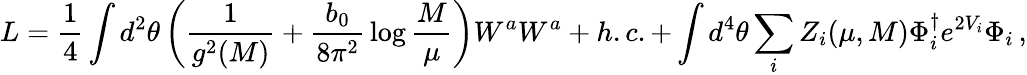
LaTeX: L={\frac{1}{4}}\int d^{2}\theta\left({\frac{1}{g^{2}(M)}}+{\frac{b_{0}}{8\pi^{2}}}\log{\frac{M}{\mu}}\right)W^{a}W^{a}+h.c.+\int d^{4}\theta\sum_{i}Z_{i}(\mu,M)\Phi_{i}^{\dagger}e^{2V_{i}}\Phi_{i}\, ,